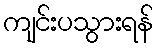
ကျင်းပသွားရန်